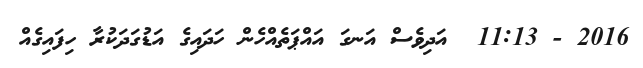
2016 - 11:13  އަދިވެސް އަނގަ އައްޕަތެއްހެން ހަދައިގެ އަޑުގަދަކުރާ ހިފައިގެއް